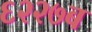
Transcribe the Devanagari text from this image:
६२२७ब